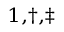
^ { 1 , \dagger , \ddagger }